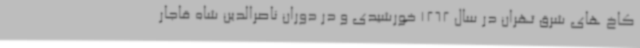
کاخ های شرق تهران در سال 1262 خورشیدی و در دوران ناصرالدین شاه قاجار